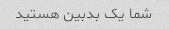
شما یک بدبین هستید